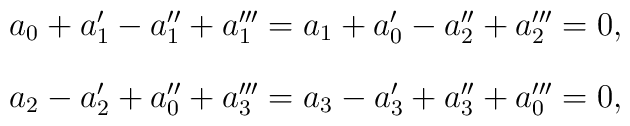
\begin{array}{c}a_0+a_1'-a_1''+a_1'''=a_1+a_0'-a_2''+a_2'''=0,\\[0.4cm]a_2-a_2'+a_0''+a_3'''=a_3-a_3'+a_3''+a_0'''=0,\end{array}